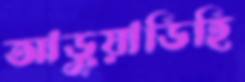
আড়ুয়াডিহি